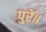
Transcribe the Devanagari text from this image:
पुरें॥